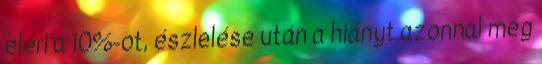
eléri a 10%-ot, észlelése után a hiányt azonnal meg